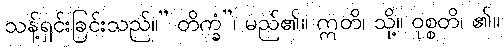
သန့်ရှင်းခြင်းသည်။” တိက္ခံ”၊ မည်၏။ ဣတိ၊ သို့။ ဝုစ္စတိ၊ ၏။